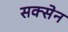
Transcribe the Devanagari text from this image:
सक्सेन